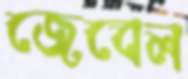
জেবেল